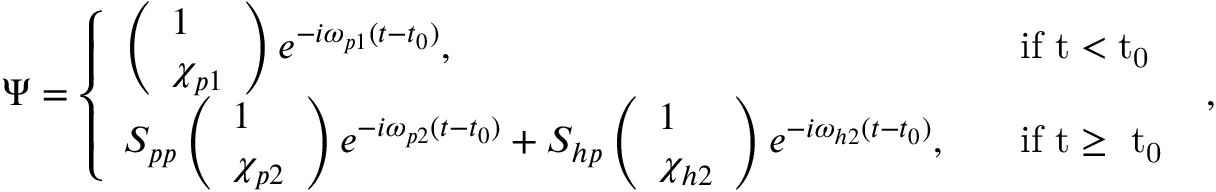
\begin{array} { r } { \Psi = \left\{ \begin{array} { l l } { \left( \begin{array} { l } { 1 } \\ { \chi _ { p 1 } } \end{array} \right) e ^ { - i \omega _ { p 1 } ( t - t _ { 0 } ) } , } & { \quad \mathrm { i f ~ t < t _ 0 ~ } } \\ { S _ { p p } \left( \begin{array} { l } { 1 } \\ { \chi _ { p 2 } } \end{array} \right) e ^ { - i \omega _ { p 2 } ( t - t _ { 0 } ) } + S _ { h p } \left( \begin{array} { l } { 1 } \\ { \chi _ { h 2 } } \end{array} \right) e ^ { - i \omega _ { h 2 } ( t - t _ { 0 } ) } , } & { \quad \mathrm { i f ~ t \ge ~ t _ 0 ~ } } \end{array} \right. , } \end{array}